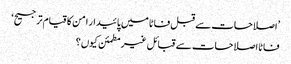
’اصلاحات سے قبل فاٹا میں پائیدار امن کا قیام ترجیح‘
فاٹا اصلاحات سے قبائل غیرمطمئن کیوں؟